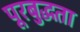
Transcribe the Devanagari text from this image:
पूरबुद्धता